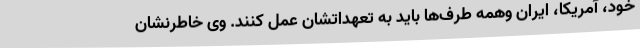
خود، آمریکا، ایران وهمه طرف‌ها باید به تعهداتشان عمل کنند. وی خاطرنشان